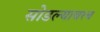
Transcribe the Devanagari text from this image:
सोडल्यावरच